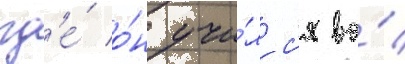
гд'е́ о́н учи́лс'я во́